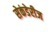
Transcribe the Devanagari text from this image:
सेकंडेरीज